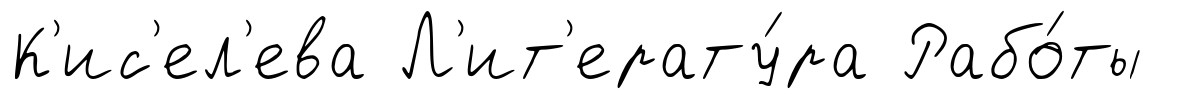
К'ис'ел'ева Л'ит'ерату́ра Рабо́ты